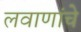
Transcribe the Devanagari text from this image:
लवाणांचे